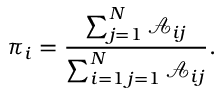
\pi _ { i } = \frac { \sum _ { j = 1 } ^ { N } \mathcal { A } _ { i j } } { \sum _ { \substack { i = 1 \, j = 1 } } ^ { N } \mathcal { A } _ { i j } } .